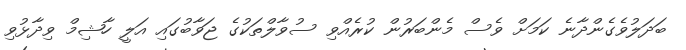
ބަދަލުވެގެންދާނެ ކަމަށް ވެސް މެންބަރުން ކުރެއްވި ސުވާލްތަކުގެ ޖަވާބުގައި އަލީ ހާޝިމް ވިދާޅުވި